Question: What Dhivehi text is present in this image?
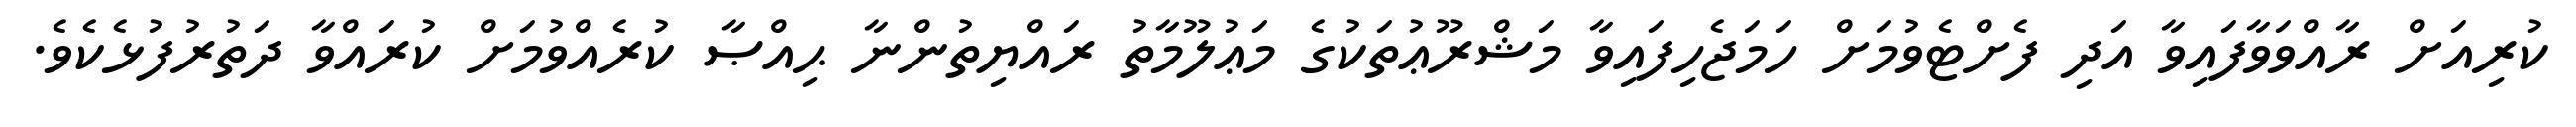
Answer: ކުރިއަށް ރާއްވަވާފައިވާ އަދި ފެށްޓެވުމަށް ހަމަޖެހިފައިވާ މަޝްރޫޢުތަކުގެ މަޢުލޫމާތު ރައްޔިތުންނާ ޙިއްޞާ ކުރެއްވުމަށް ކުރައްވާ ދަތުރުފުޅެކެވެ.